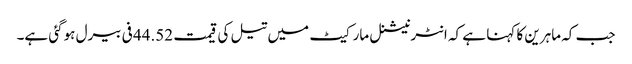
جب کہ ماہرین کا کہنا ہے کہ انٹرنیشنل مارکیٹ میں تیل کی قیمت 44.52 فی بیرل ہوگئی ہے۔